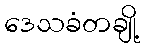
ဒေသခံတချို့